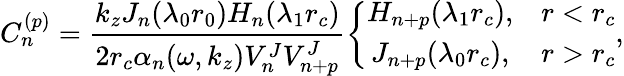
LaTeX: C_{n}^{(p)}=\frac{k_{z}J_{n}(\lambda_{0}r_{0})H_{n}(\lambda_{1}r_{c})}{2r_{c}\alpha_{n}(\omega,k_{z})V_{n}^{J}V_{n+p}^{J}}\left\{ \begin{array}{cc}{H_{n+p}(\lambda_{1}r_{c}),}&{r<r_{c}}\\ {J_{n+p}(\lambda_{0}r_{c}),}&{r>r_{c}}\end{array}\right.,